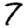
Digit: 7